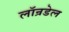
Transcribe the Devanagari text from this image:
लॉन्रडेल